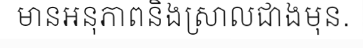
មានអនុភាពនិងស្រាលជាងមុន.